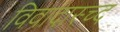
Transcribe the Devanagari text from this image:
विवादास्च्द